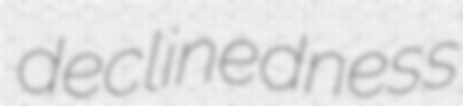
declinedness